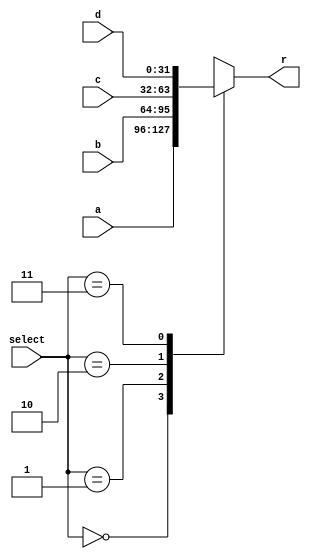
module MUX41_320 #(parameter len=32)
(
input [len-1:0] a,
input [len-1:0] b,
input [len-1:0] c,
input [len-1:0] d,
input [1:0] select,
output reg [len-1:0] r
);
	
always @(*) begin
    case(select)
      2'b00:
        r=a;
      2'b01:
        r=b;
	  2'b10:
	    r=c;
	  2'b11:
	    r=d;
    endcase
	
end

endmodule